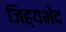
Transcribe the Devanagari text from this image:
जिह्यभेद